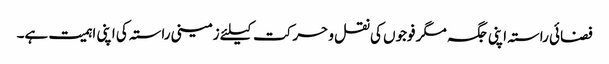
فضائی راستہ اپنی جگہ مگر فوجوں کی نقل و حرکت کیلئے زمینی راستہ کی اپنی اہمیت ہے۔